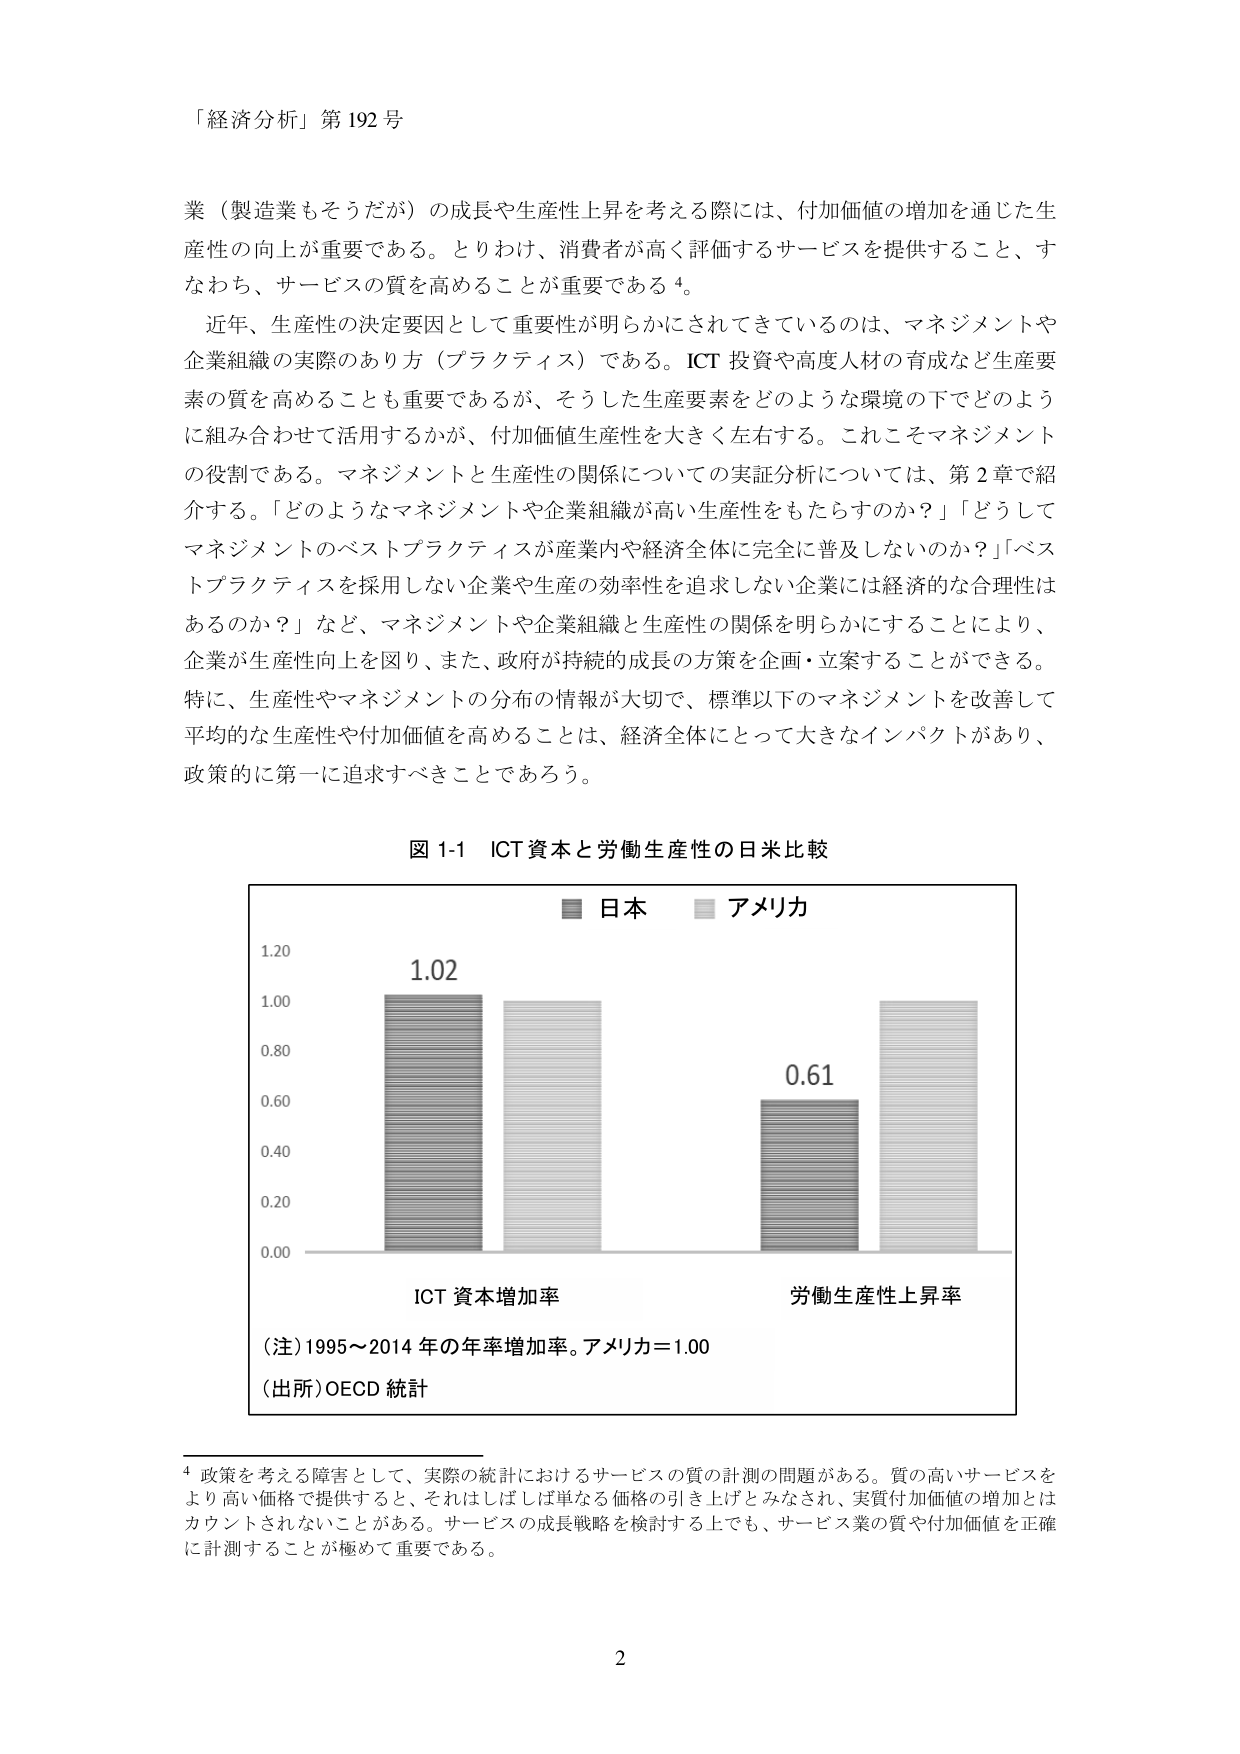
「経済分析」第192号

業（製造業もそうだが）の成長や生産性上昇を考える際には、付加価値の増加を通じた生産性の向上が重要である。とりわけ、消費者が高く評価するサービスを提供すること、すなわち、サービスの質を高めることが重要である⁴。

近年、生産性の決定要因として重要性が明らかにされてきているのは、マネジメントや企業組織の実際のあり方（プラクティス）である。ICT投資や高度人材の育成など生産要素の質を高めることも重要であるが、そうした生産要素をどのような環境の下でどのように組み合わせて活用するかが、付加価値生産性を大きく左右する。これこそマネジメントの役割である。マネジメントと生産性の関係についての実証分析については、第2章で紹介する。「どのようなマネジメントや企業組織が高い生産性をもたらすのか？」「どうしてマネジメントのベストプラクティスが産業内や経済全体に完全に普及しないのか？」「ベストプラクティスを採用しない企業や生産の効率性を追求しない企業には経済的な合理性はあるのか？」など、マネジメントや企業組織と生産性の関係を明らかにすることにより、企業が生産性向上を図り、また、政府が持続的成長の方策を企画・立案することができる。特に、生産性やマネジメントの分布の情報が大切で、標準以下のマネジメントを改善して平均的な生産性や付加価値を高めることは、経済全体にとって大きなインパクトがあり、政策的に第一に追求すべきことであろう。

図1-1 ICT資本と労働生産性の日米比較

■ 日本 ■ アメリカ

1.20
1.00
0.80
0.60
0.40
0.20
0.00

1.02

0.61

ICT資本増加率 労働生産性上昇率

（注）1995～2014年の年率増加率。アメリカ＝1.00
（出所）OECD統計

⁴ 政策を考える障害として、実際の統計におけるサービスの質の計測の問題がある。質の高いサービスをより高い価格で提供すると、それはしばしば単なる価格の引き上げとみなされ、実質付加価値の増加とはカウントされないことがある。サービスの成長戦略を検討する上でも、サービス業の質や付加価値を正確に計測することが極めて重要である。

2